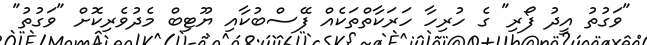
"ވަގުތު އީދު ފޯރި" ގެ ހުރިހާ ހަރަކާތްތަކެއް ފޭސްބުކާއި ޔޫޓިބް މެދުވެރިކޮށް "ވަގުތު"